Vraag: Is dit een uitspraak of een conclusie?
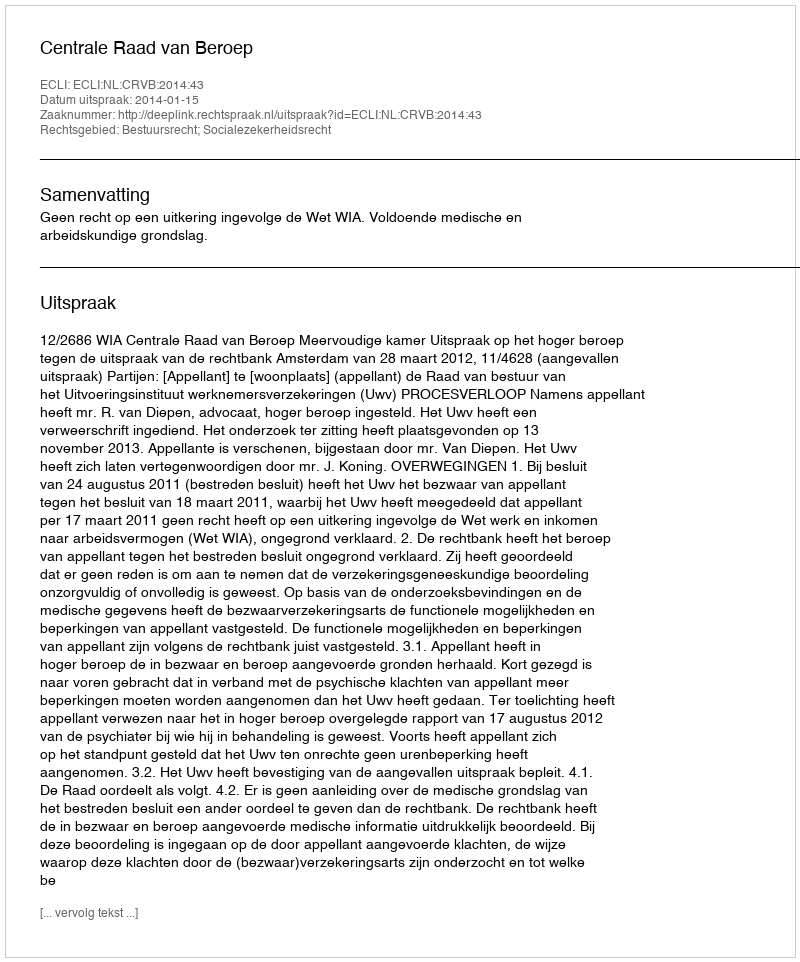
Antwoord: Uitspraak